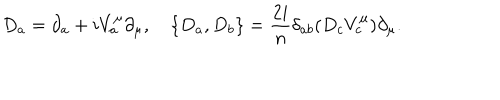
LaTeX: D _ { a } = \partial _ { a } + i V _ { a } ^ { \mu } \partial _ { \mu } , \quad \{ D _ { a } , D _ { b } \} = { \frac { 2 i } { n } } \delta _ { a b } ( D _ { c } V _ { c } ^ { \mu } ) \partial _ { \mu } .